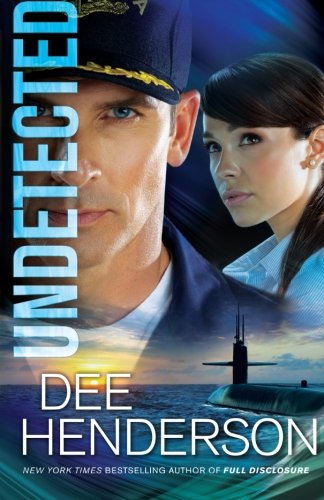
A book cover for Undetected; Dee Henderson; Romance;